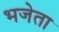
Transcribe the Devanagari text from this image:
भजेता